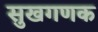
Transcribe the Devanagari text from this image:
सुखगणक